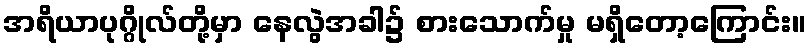
အရိယာပုဂ္ဂိုလ်တို့မှာ နေလွဲအခါ၌ စားသောက်မှု မရှိတော့ကြောင်း။